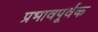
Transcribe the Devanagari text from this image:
प्रभावपूर्वक